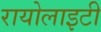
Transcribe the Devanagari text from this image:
रायोलाइटी